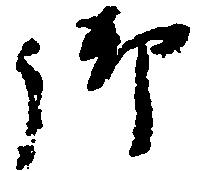
御